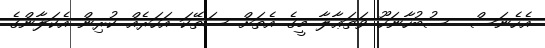
އެހެނަސް  ސުބުހާނަހޫ ވަތަޢާލާ މީގެ އެތަށް ސަތޭކަ އަހަރެއް ކުރިން އެކަލާންގެ